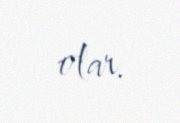
olar.